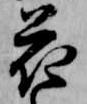
花